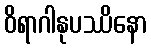
ဝိရာဂါနုပဿိနော